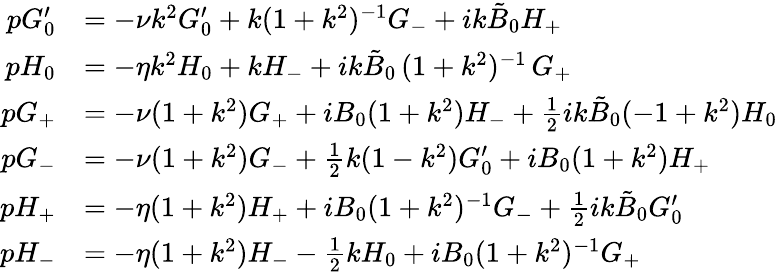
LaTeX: \begin{array}{rl}{pG_{0}^{\prime}}&{=-\nu k^{2}G_{0}^{\prime}+{k}(1+k^{2})^{-1}G_{-}+ik\tilde{B}_{0}H_{+}}\\ {pH_{0}}&{=-\eta k^{2}H_{0}+kH_{-}+ik\tilde{B}_{0}\, (1+k^{2})^{-1}\, G_{+}}\\ {pG_{+}}&{=-\nu(1+k^{2})G_{+}+iB_{0}(1+k^{2})H_{-}+\frac{1}{2}{ik\tilde{B}_{0}}(-1+k^{2})H_{0}}\\ {pG_{-}}&{=-\nu(1+k^{2})G_{-}+\frac{1}{2}k(1-k^{2})G_{0}^{\prime}+iB_{0}(1+k^{2})H_{+}}\\ {pH_{+}}&{=-\eta(1+k^{2})H_{+}+iB_{0}(1+k^{2})^{-1}G_{-}+\frac{1}{2}ik\tilde{B}_{0}G_{0}^{\prime}}\\ {pH_{-}}&{=-\eta(1+k^{2})H_{-}-\frac{1}{2}kH_{0}+iB_{0}(1+k^{2})^{-1}G_{+}}\end{array}